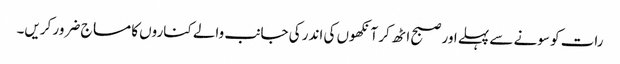
رات کو سونے سے پہلے اور صبح اٹھ کر آنکھوں کی اندر کی جانب والے کناروں کا مساج ضرور کریں۔